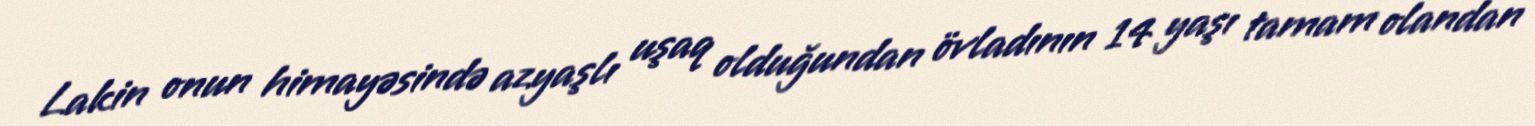
Lakin onun himayəsində azyaşlı uşaq olduğundan övladının 14 yaşı tamam olandan